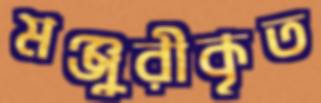
মঞ্জুরীকৃত